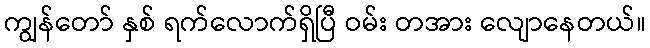
ကျွန်တော် နှစ် ရက်လောက်ရှိပြီ ဝမ်း တအား လျောနေတယ်။